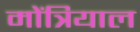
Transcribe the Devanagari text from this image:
मोंत्रियाल